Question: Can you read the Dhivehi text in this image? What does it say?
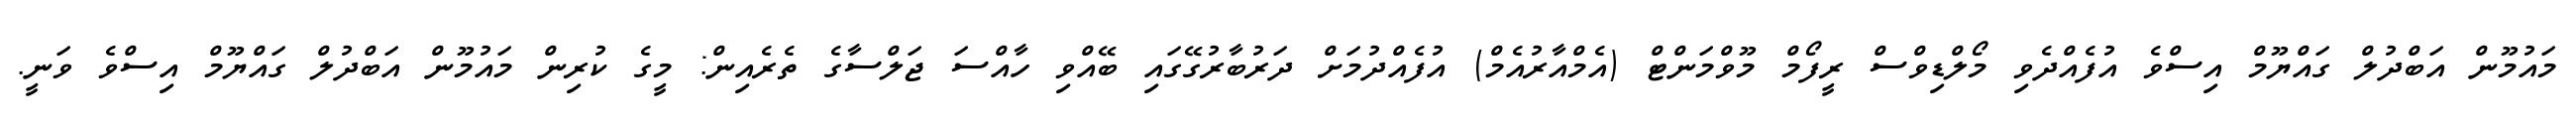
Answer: މައުމޫން އަބްދުލް ގައްޔޫމް އިސްވެ އުފެއްދެވި މޯލްޑިވްސް ރީފޯމް މޫވްމަންޓް (އެމްއާރުއެމް) އުފެއްދުމަށް ދަރުބާރުގޭގައި ބޭއްވި ހާއްސަ ޖަލްސާގެ ތެރެއިން: މީގެ ކުރިން މައުމޫން އަބްދުލް ގައްޔޫމް އިސްވެ ވަނީ.